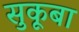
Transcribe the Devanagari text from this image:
सुकूबा